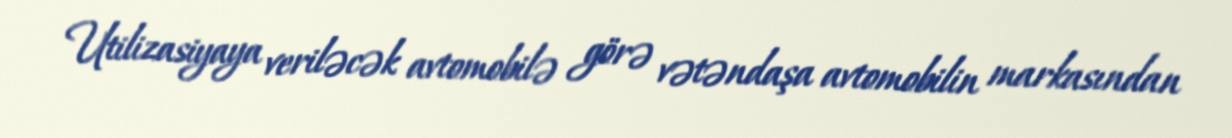
Utilizasiyaya veriləcək avtomobilə görə vətəndaşa avtomobilin markasından